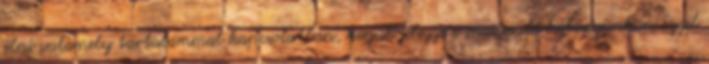
élni valamely tartalommal kapcsolatban, kérjük jelezze e-mailes elérhetőségünkön Ezzel